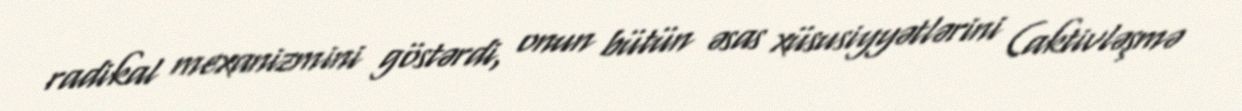
radikal mexanizmini göstərdi, onun bütün əsas xüsusiyyətlərini (aktivləşmə